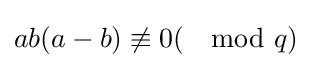
ab(a-b)\not \equiv 0(\mod q)